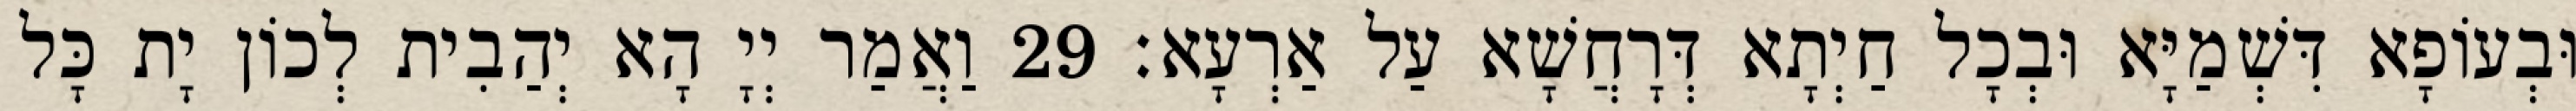
וּבְעוֹפָא דִּשְׁמַיָּא וּבְכָל חַיְתָא דְּרָחֲשָׁא עַל אַרְעָא׃ 29 וַאֲמַר יְיָ הָא יְהַבִית לְכוֹן יָת כָּל